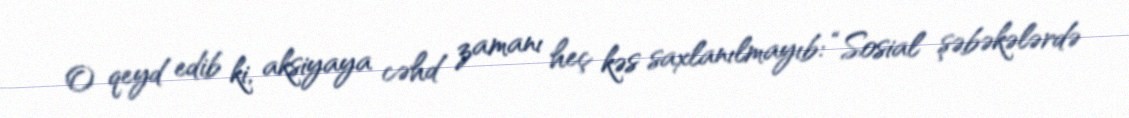
O qeyd edib ki, aksiyaya cəhd zamanı heç kəs saxlanılmayıb: “Sosial şəbəkələrdə